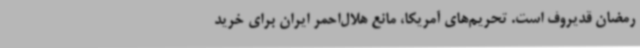
رمضان قدیروف است. تحریم‌های آمریکا، مانع هلال‌احمر ایران برای خرید